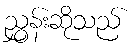
ညွှန်းဆိုသည်